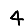
Digit: 4